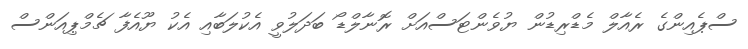
ސްޕެއިންގެ ރެއާލް މެޑްރިޑުން ޔުވެންޓަސްއަށް ރޮނާލްޑޯ ބަދަލުވީ އެކުލަބާއި އެކު ޔޫއެފާ ޗެމްޕިއަންސް